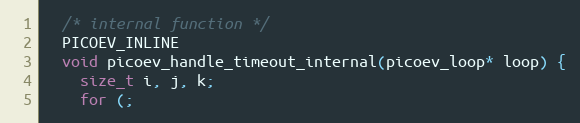
Language: C
  /* internal function */
  PICOEV_INLINE
  void picoev_handle_timeout_internal(picoev_loop* loop) {
    size_t i, j, k;
    for (;